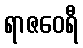
ရာဇဝေရီ